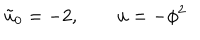
LaTeX: \tilde { u } _ { 0 } = - 2 , \qquad u = - \phi ^ { 2 }